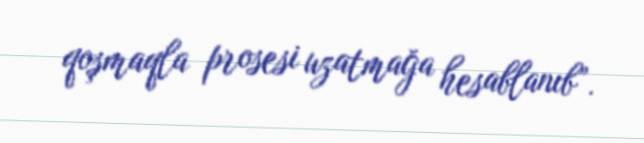
qoşmaqla prosesi uzatmağa hesablanıb”.